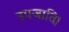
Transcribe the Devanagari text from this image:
उपजाति।